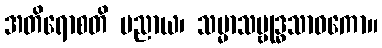
အတိရောစတိ ပညာယ၊ သမ္မာသမ္ဗုဒ္ဓသာဝကော။